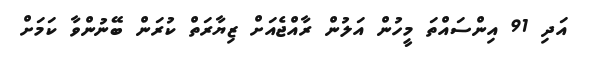
އަދި 91 އިންސައްތަ މީހުން އަލުން ރާއްޖެއަށް ޒިޔާރަތް ކުރަން ބޭނުންވާ ކަމަށް